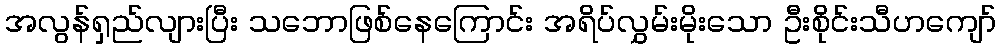
အလွန်ရှည်လျားပြီး သဘောဖြစ်နေကြောင်း အရိပ်လွှမ်းမိုးသော ဦးစိုင်းသီဟကျော်